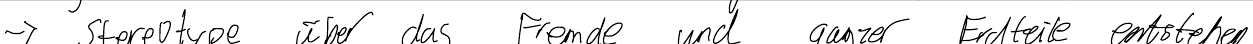
-> Stereotype über das Fremde und ganzer Erdteile entstehen